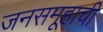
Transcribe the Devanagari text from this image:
जनसमूहाची